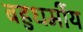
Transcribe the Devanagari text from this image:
बहुधर्मीय